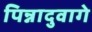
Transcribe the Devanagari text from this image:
पिन्नादुवागे